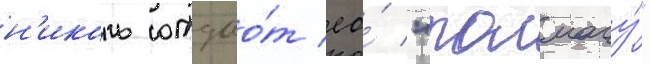
н'иколь отдао́т ео́ "толмачу́"